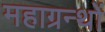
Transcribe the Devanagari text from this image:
महाग्रन्थों